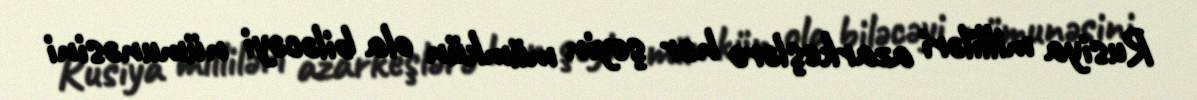
Rusiya milliləri azarkeşlərə hər şeyin mümkün ola biləcəyi nümunəsini